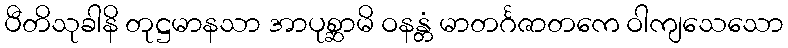
ပီတိသုခါနိ တုဋ္ဌမာနသာ အာပုစ္ဆာမိ ဝနန္တံ မာတင်္ဂဇာတကေ ဝါကျသေသော